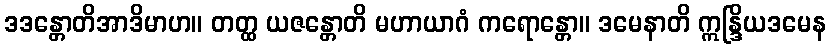
ဒဒန္တောတိအာဒိမာဟ။ တတ္ထ ယဇန္တောတိ မဟာယာဂံ ကရောန္တော။ ဒမေနာတိ ဣန္ဒြိယဒမေန